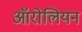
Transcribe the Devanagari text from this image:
ऑरोलियन